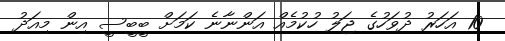
10 އަހަރު ދުވަހުގެ ޖަލު ހުކުމެއް އަންނާނެ ކަމަށް ބީބީސީ އިން މިއަދު